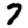
Digit: 7